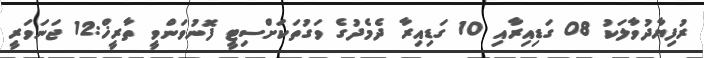
ރުފިޔާދުވާލަކު 08 ގަޑިއިރާއި 10 ގަޑިއިރާ ދެމެދުގެ ވަގުތަކަށްސިޓީ ފޮނުވަންވީ ތާރީޚް:12 ޖަނަވަރީ